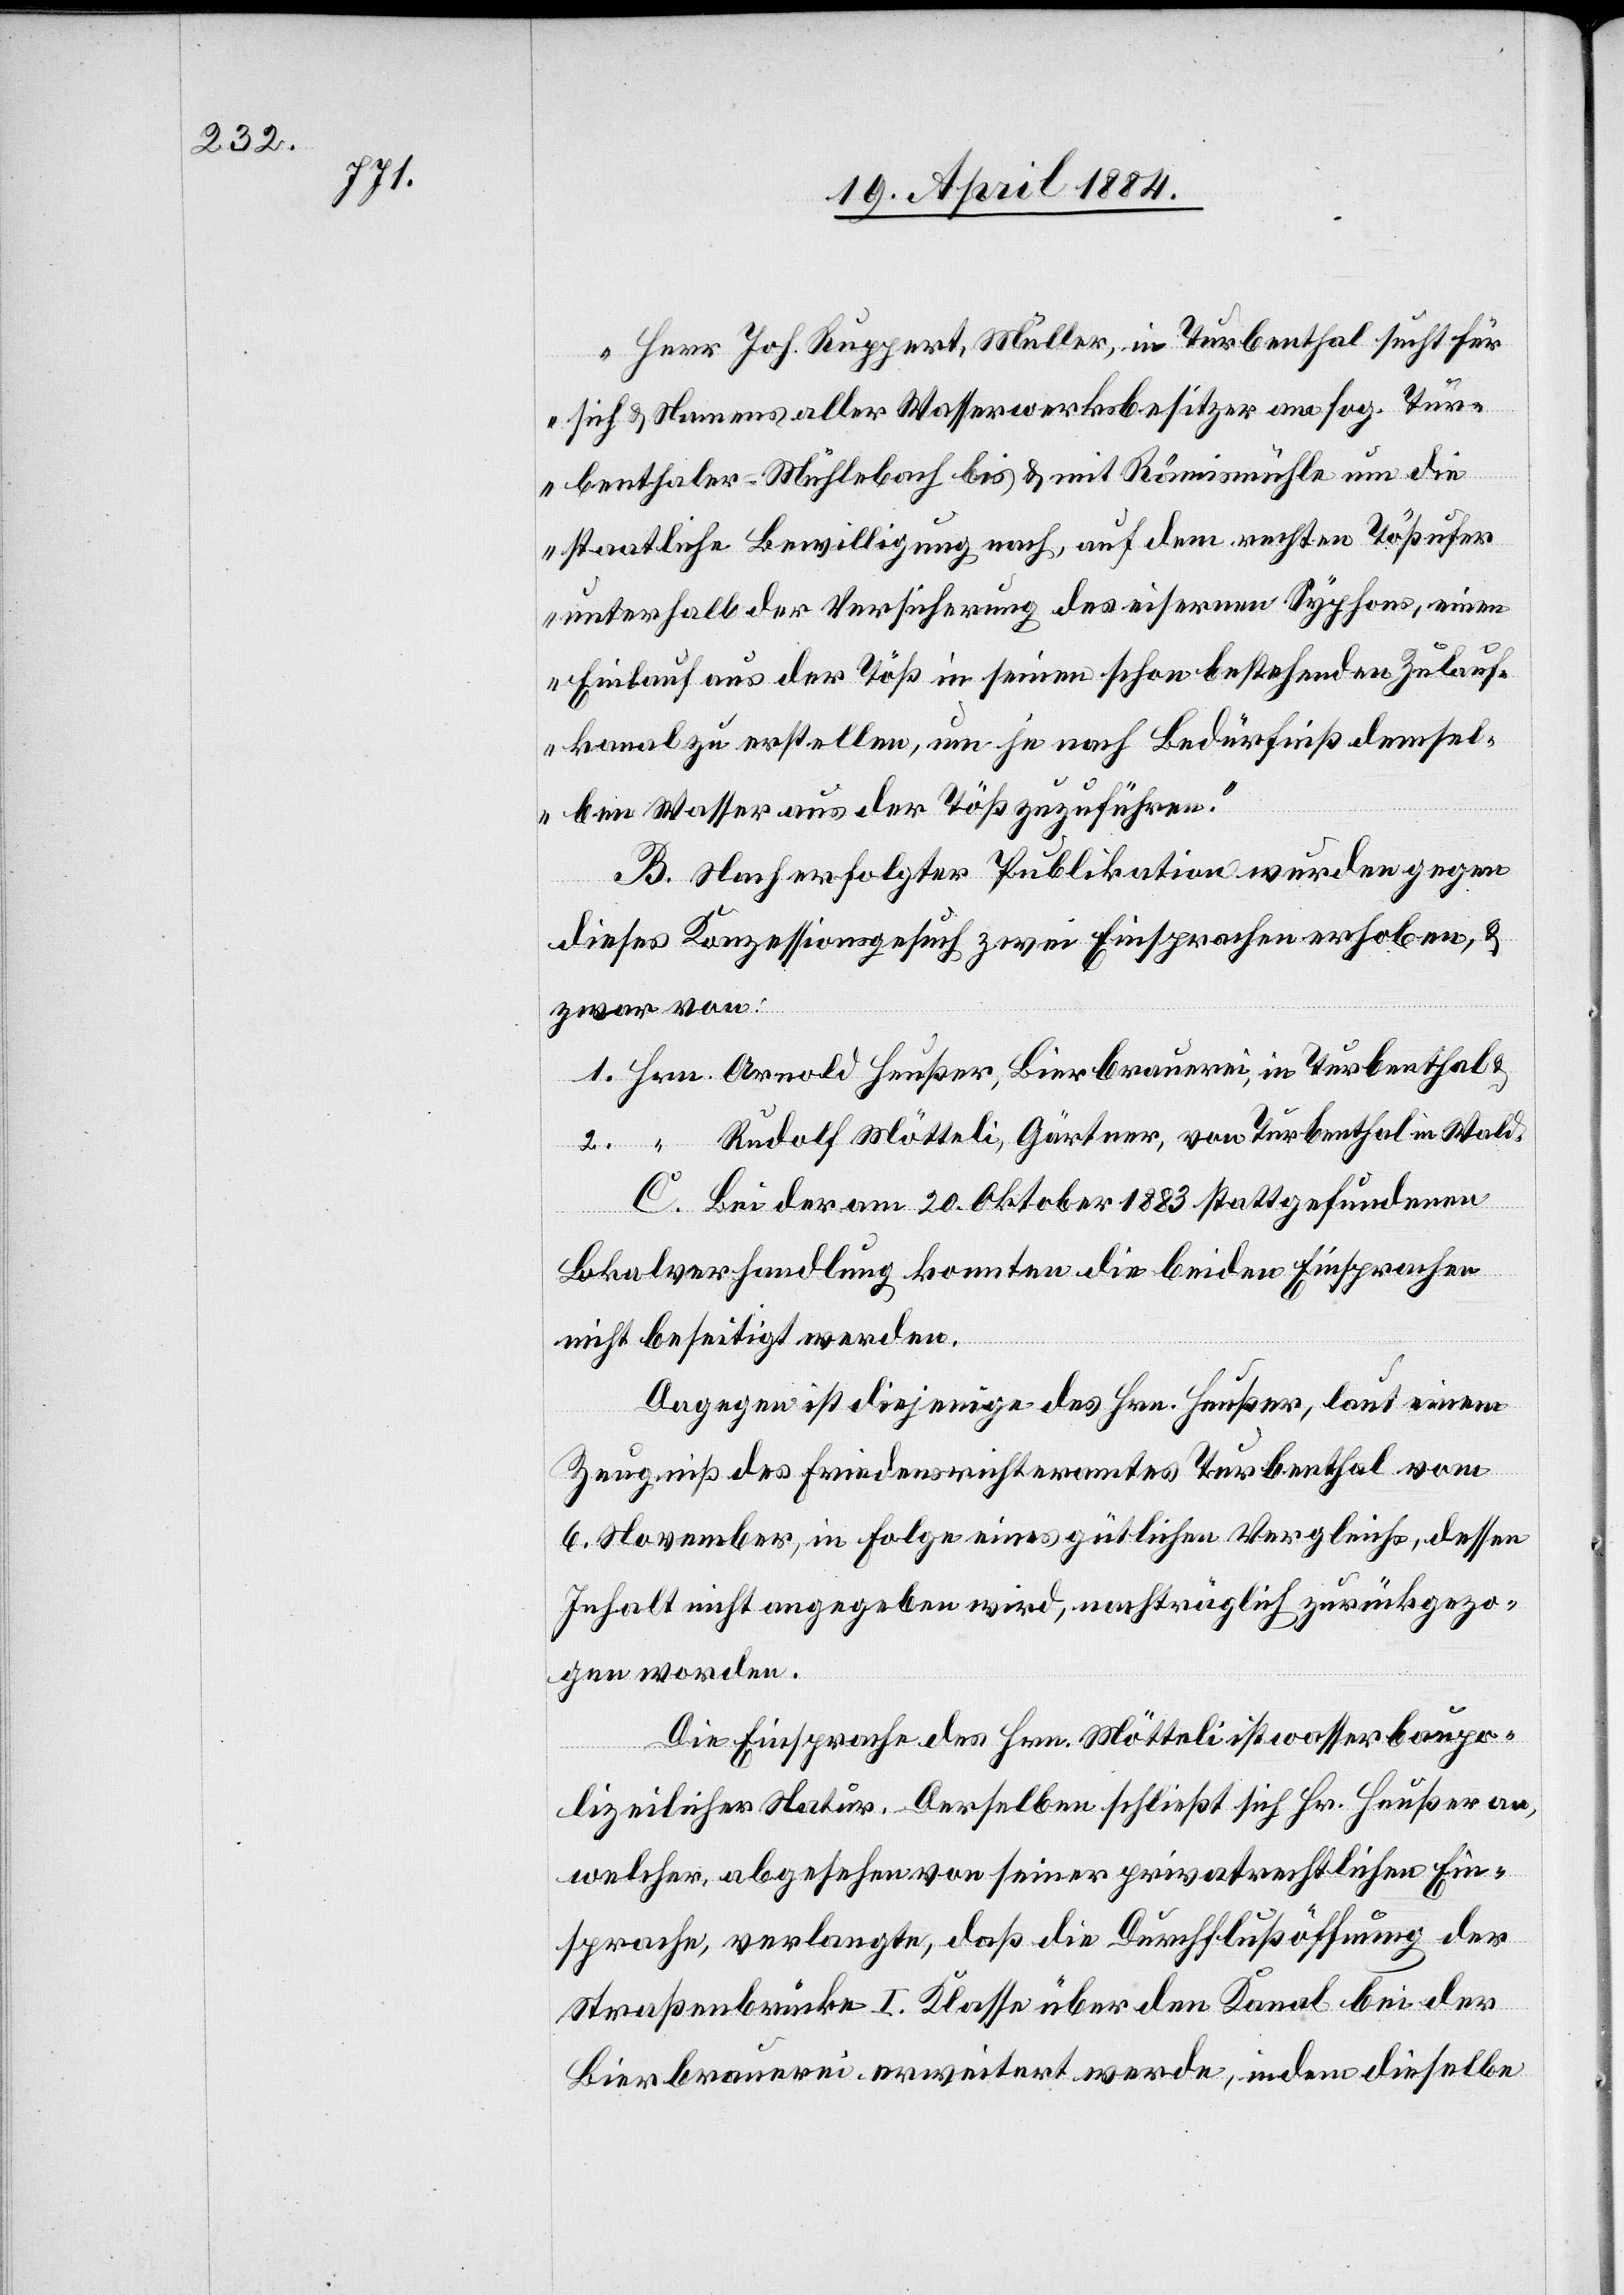
1.

„Herr Joh. Ruppert, Müller, in Turbenthal sucht für
sich & Namens aller Wasserwerksbesitzer am sog. Tur¬
benthaler Mühlenbach bis & mit Rämismühle um die
staatliche Bewilligung nach, auf dem ersten Tößufer
unterhalb der Versicherung des eisernen Syphons, einen
Einlauf aus der Töß in seinen schon bestehenden Zulauf¬
kanal zu erstellen, um je nach Bedürfniß demsel¬
ben Wasser aus der Töß zuzuführen.“
B. Nach erfolgter Publikation wurden gegen
dieses Konzessionsgesuch zwei Einsprachen erhoben, &
zwar von:
Rudolf Mötteli, Gärtner, von Turbenthal in Wald.
C. Bei der am 20. Oktober 1883 stattgefundenen
Lokalverhandlung konnten die beiden Einsprachen
Dagegen ist diejenige des Hrn. Heußer, laut einem
Zeugniß des Friedensrichteramtes Turbenthal vom
6. November, in Folge eines gütlichen Vergleichs, dessen
Inhalt nicht angegeben wird, nachträglich zurückgezo¬
gen worden.
Die Einsprache des Hrn. Mötteli ist wasserbaupo¬
lizeilicher Natur. Derselben schließt sich Hr. Heußer an,
welcher, abgesehen von seiner privatrechtlichen Ein¬
sprache, verlangte, daß die Durchflußöffnung der
Straßenbrücke I. Klasse über den Kanal bei der
Bierbrauerei erweitert werde, indem dieselbe